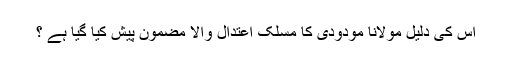
اس کی دلیل مولانا مودودی کا مسلک اعتدال والا مضمون پیش کیا گیا ہے ؟